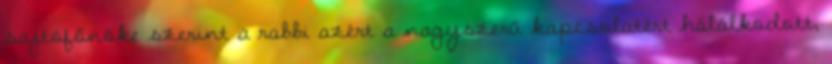
sajtófőnöke szerint a rabbi azért a nagyszerű kapcsolatért hálálkodott,